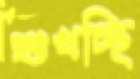
শুখচ্ছি